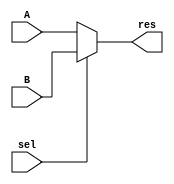
module mux2by1(
    input sel, 
    input A, 
    input B, 
    output res
    );
assign res = sel? B : A;
endmodule